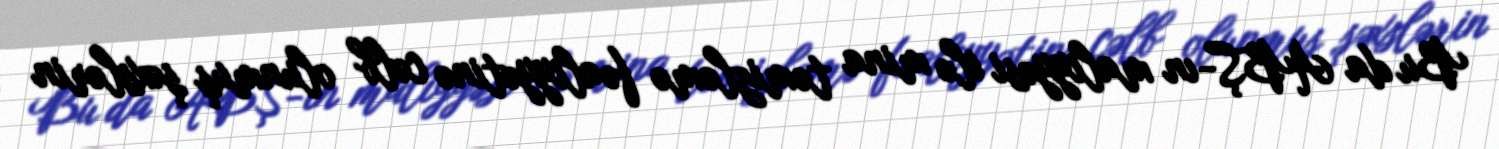
Bu da ABŞ-ın maliyyəsi ilə mina təmizləmə fəaliyyətinə cəlb olunmuş şəxslərin